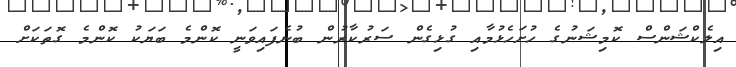
އިލެކްޝަންސް ކޮމިޝަނުގެ ހުށަހެޅުމާއި ގުޅިގެން ސަރުކާރުން ބުނެފައިވަނީ ކޮންމެ ބަޔަކު ކޮންމެ ގޮތަކަށް